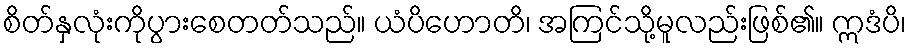
စိတ်နှလုံးကိုပွားစေတတ်သည်။ ယံပိဟောတိ၊ အကြင်သို့မူလည်းဖြစ်၏။ ဣဒံပိ၊